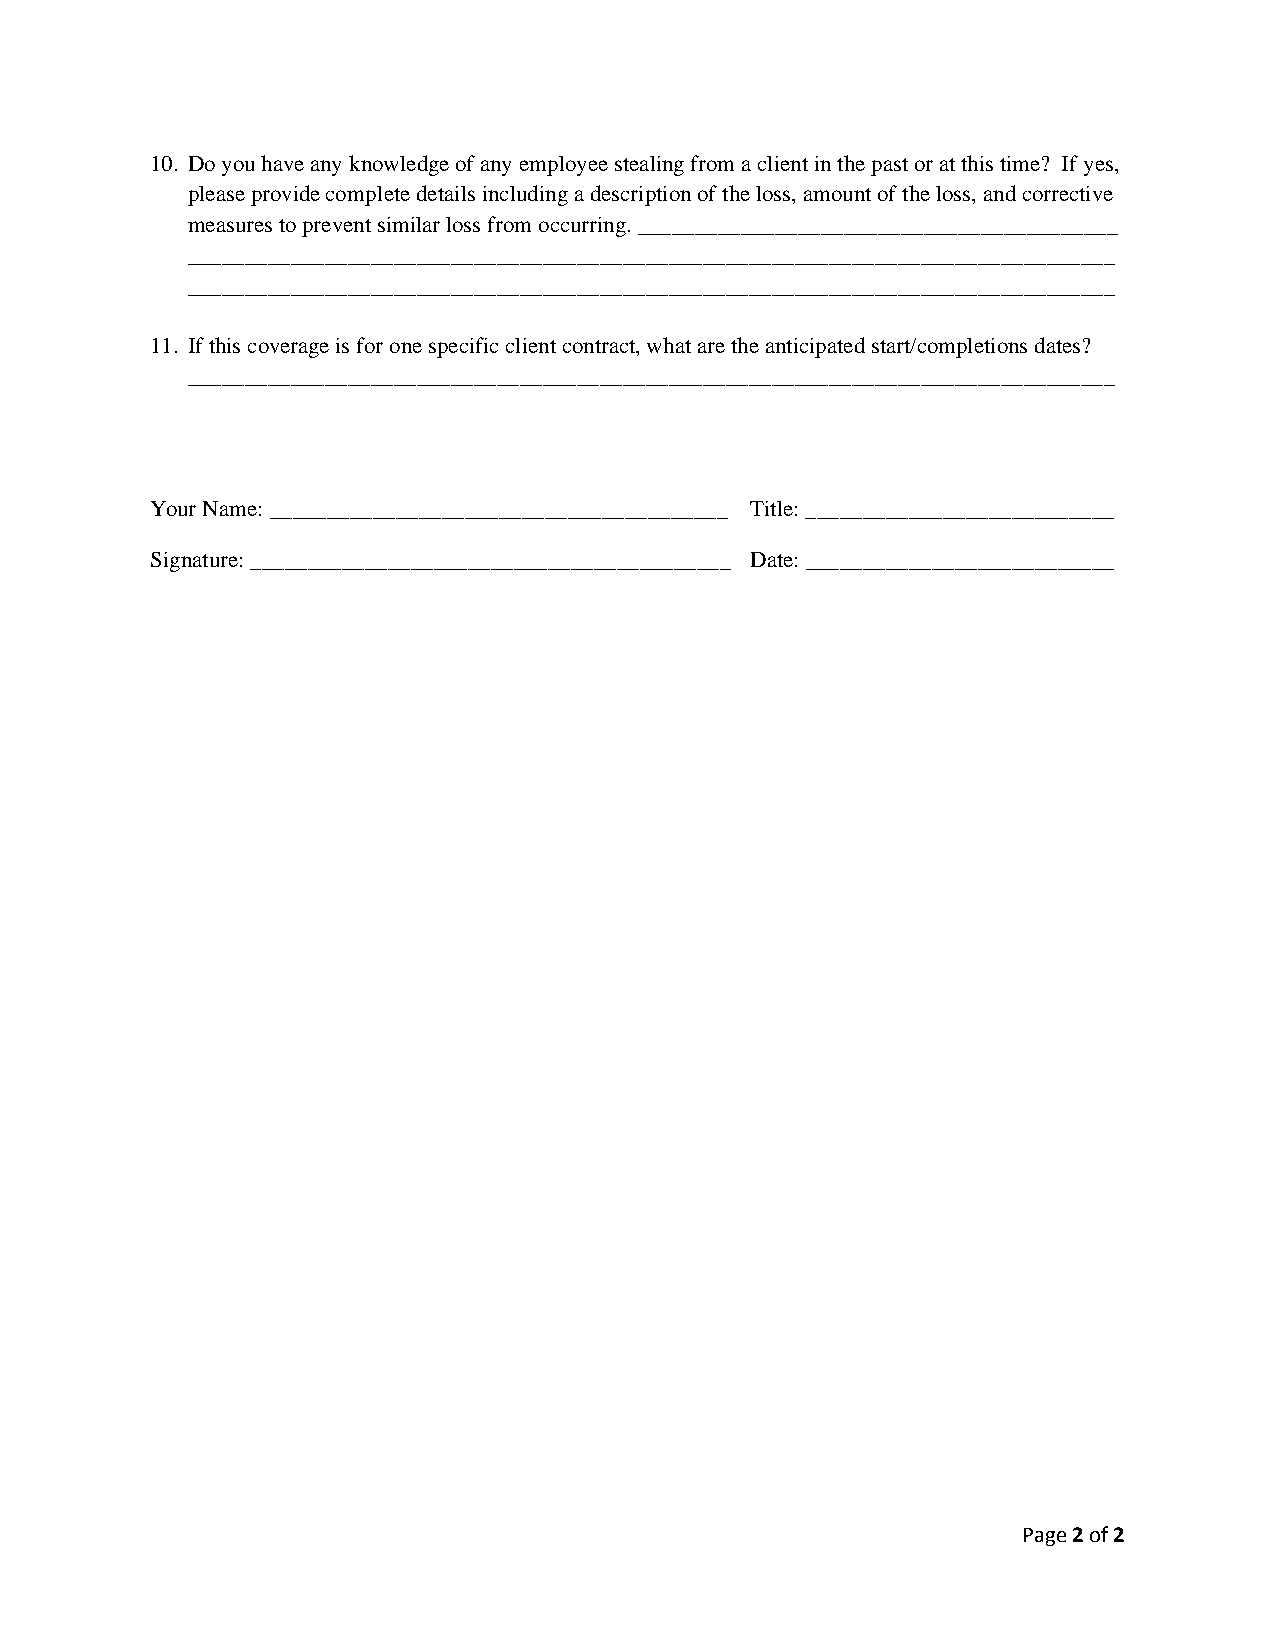
10. Do you have any knowledge of any employee stealing from a client in the past or at this time? If yes,
 please provide complete details including a description of the loss, amount of the loss, and corrective
 measures to prevent similar loss from occurring. __________________________________________
 _________________________________________________________________________________
 _________________________________________________________________________________
 11. If this coverage is for one specific client contract, what are the anticipated start/completions dates?
 _________________________________________________________________________________
 Your Name: ________________________________________ Title: ___________________________
 Signature: __________________________________________ Date: ___________________________
 Page 2 of 2